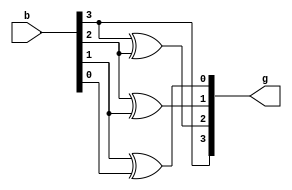
module binary_gray (b,g);

input [3:0]b;
output reg [3:0]g;

always @(*) begin 
  
g[0]=b[1]^b[0];   
g[1]=b[2]^b[1];
g[2]=b[3]^b[2];
g[3]=b[3];

end 

endmodule